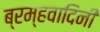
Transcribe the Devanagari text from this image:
ब्रम्हवादिनी